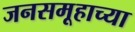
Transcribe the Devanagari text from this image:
जनसमूहाच्‍या